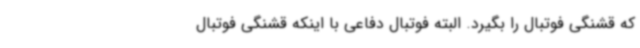
که قشنگی فوتبال را بگیرد. البته فوتبال دفاعی با اینکه قشنگی فوتبال